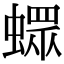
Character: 𧑄